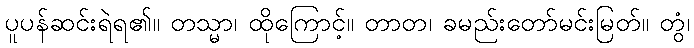
ပူပန်ဆင်းရဲရ၏။ တသ္မာ၊ ထိုကြောင့်။ တာတ၊ ခမည်းတော်မင်းမြတ်။ တွံ၊